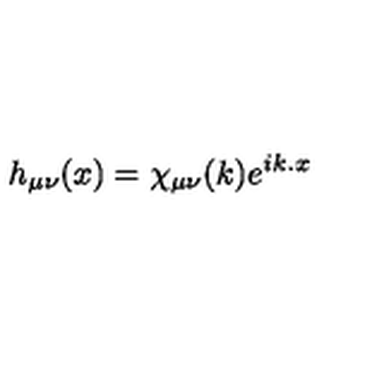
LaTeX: h _ { \mu \nu } ( x ) = \chi _ { \mu \nu } ( k ) e ^ { i k . x }